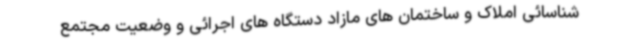
شناسائی املاک و ساختمان های مازاد دستگاه های اجرائی و وضعیت مجتمع